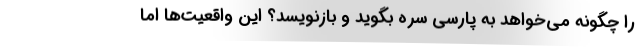
را چگونه می‌خواهد به پارسی سره بگوید و بازنویسد؟ این واقعیت‌ها اما